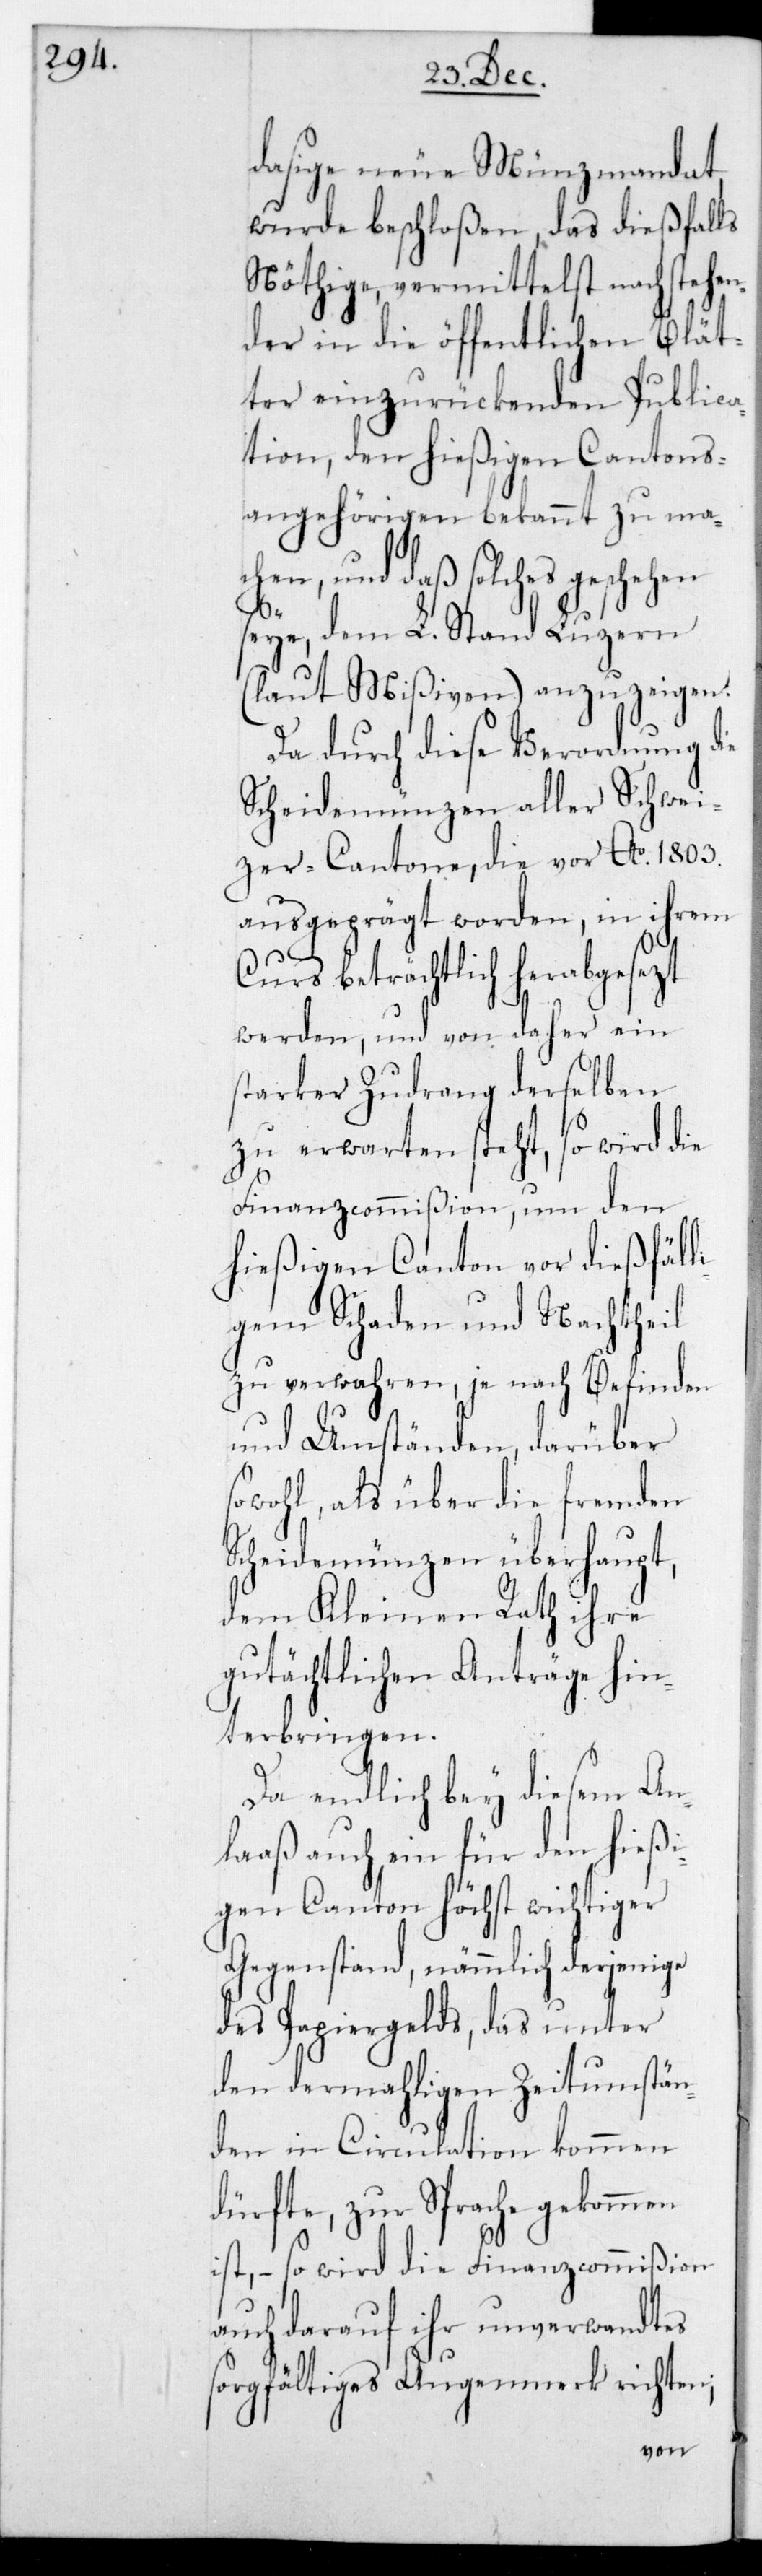
dasige neue Münzmandat
wurde beschloßen, das dießfalls
Nöthige, vermittelst nachstehen¬
der in die öffentlichen Blät¬
ter einzurückenden Publica¬
tion, den hießigen Cantons¬
angehörigen bekannt zu mac¬
hen, und daß solches
seye, dem L. Stand Luzern
(laut Mißiven) anzuzeigen.
Da durch diese Verordnung die
Scheidemünzen aller Schwei¬
zercantone, die vor Ao 1803.
ausgeprägt worden, in ihrem
Curs beträchtlich herabgesetzt
werden, und von daher ein
starker Zudrang derselben
zu erwarten steht, so wird die
Finanzcommißion, um den
hießigen Canton vor dießfäll¬
igem Schaden und Nachtheil
zu verwahren, je nach Befinden
und Umständen, darüber
sowohl, als über die fremden
Scheidemünzen überhaupt,
dem Kleinen Rath ihre
gutächtlichen Anträge hin¬
terbringen.
Da endlich bey diesem An¬
laß auch ein für den hießi¬
gen Canton höchst wichtiger
Gegenstand, nämmlich derjenige
des Papiergelds, das unter
den dermaligen Zeitumstän¬
den in Circulation kommen
dürfte, zur Sprache gekommen
ist, – so wird die Finanzcommißion
auch darauf ihr unverwandtes
sorgfältiges Augenmerk richten;